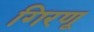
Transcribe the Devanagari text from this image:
गिरणू